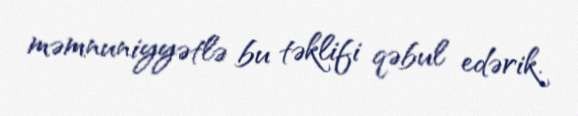
məmnuniyyətlə bu təklifi qəbul edərik.